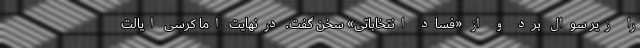
را زیر سوال برد و از «فساد انتخاباتی» سخن گفت. درنهایت اما کرسی ایالت